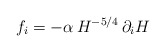
\begin{align*}f_i = - \alpha\, H^{-5/4} \, \partial_i H\end{align*}